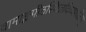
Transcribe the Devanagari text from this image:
वामाङ्कपीठस्थितदिव्यशक्तिम्